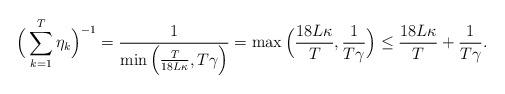
LaTeX: \begin{align*} \Big(\sum_{k=1}^{T}\eta_{k}\Big)^{-1}=\frac{1}{\min\Big(\frac{T}{18L\kappa}, T\gamma\Big)} =\max\Big(\frac{18L\kappa}{T},\frac{1}{T\gamma}\Big)\leq \frac{18L\kappa}{T}+\frac{1}{T\gamma}.\end{align*}